Report on the working of the Ranchi Indian Mental Hospital, Kanke, in Bihar and Orissa - 1930-1940
Year: 1930
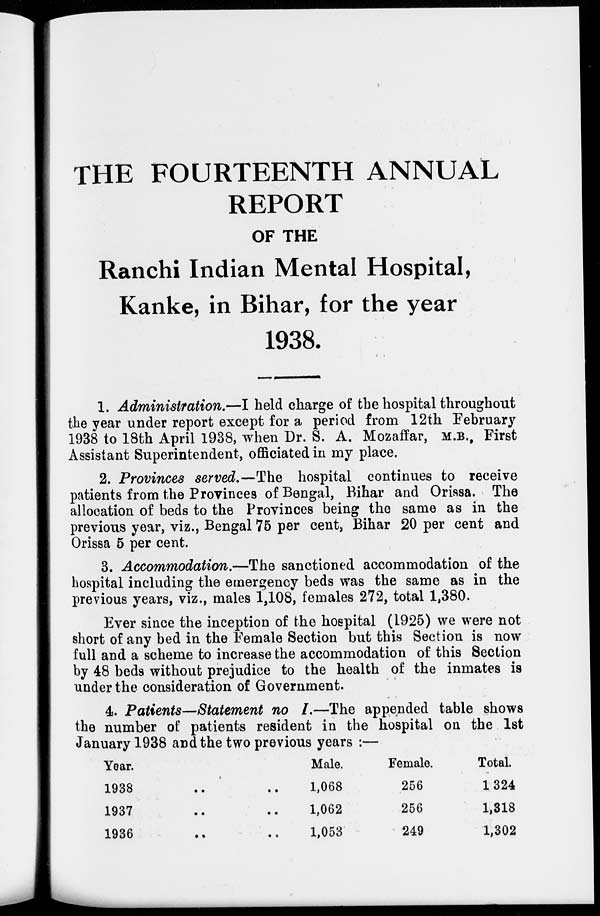
THE FOURTEENTH ANNUAL
REPORT
OF THE
Ranchi Indian Mental Hospital,
Kanke, in Bihar, for the year
1938.
1. Administration.—I held charge of the hospital throughout
the year under report except for a period from 12th February
1938 to 18th April 1938, when Dr. S. A. Mozaffar, M.B., First
Assistant Superintendent, officiated in my place.
2. Provinces served.—The hospital continues to receive
patients from the Provinces of Bengal, Bihar and Orissa. The
allocation of beds to the Provinces being the same as in the
previous year, viz., Bengal 75 per cent, Bihar 20 per cent and
Orissa 5 per cent.
3. Accommodation.—The sanctioned accommodation of the
hospital including the emergency beds was the same as in the
previous years, viz., males 1,108, females 272, total 1,380.
Ever since the inception of the hospital (1925) we were not
short of any bed in the Female Section but this Section is now
full and a scheme to increase the accommodation of this Section
by 48 beds without prejudice to the health of the inmates is
under the consideration of Government.
4. Patients—Statement no I.—The appended table shows
the number of patients resident in the hospital on the 1st
January 1938 and the two previous years :—
Year.
1938 .. ..
1937 .. ..
1936 .. ..
Male.
1,068
1,062
1,053
Female.
256
256
249
Total.
1,324
1,318
1,302